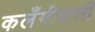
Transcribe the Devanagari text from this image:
कलँगीवाली